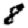
Digit: 8